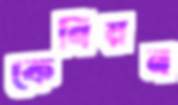
কেনিয়ন